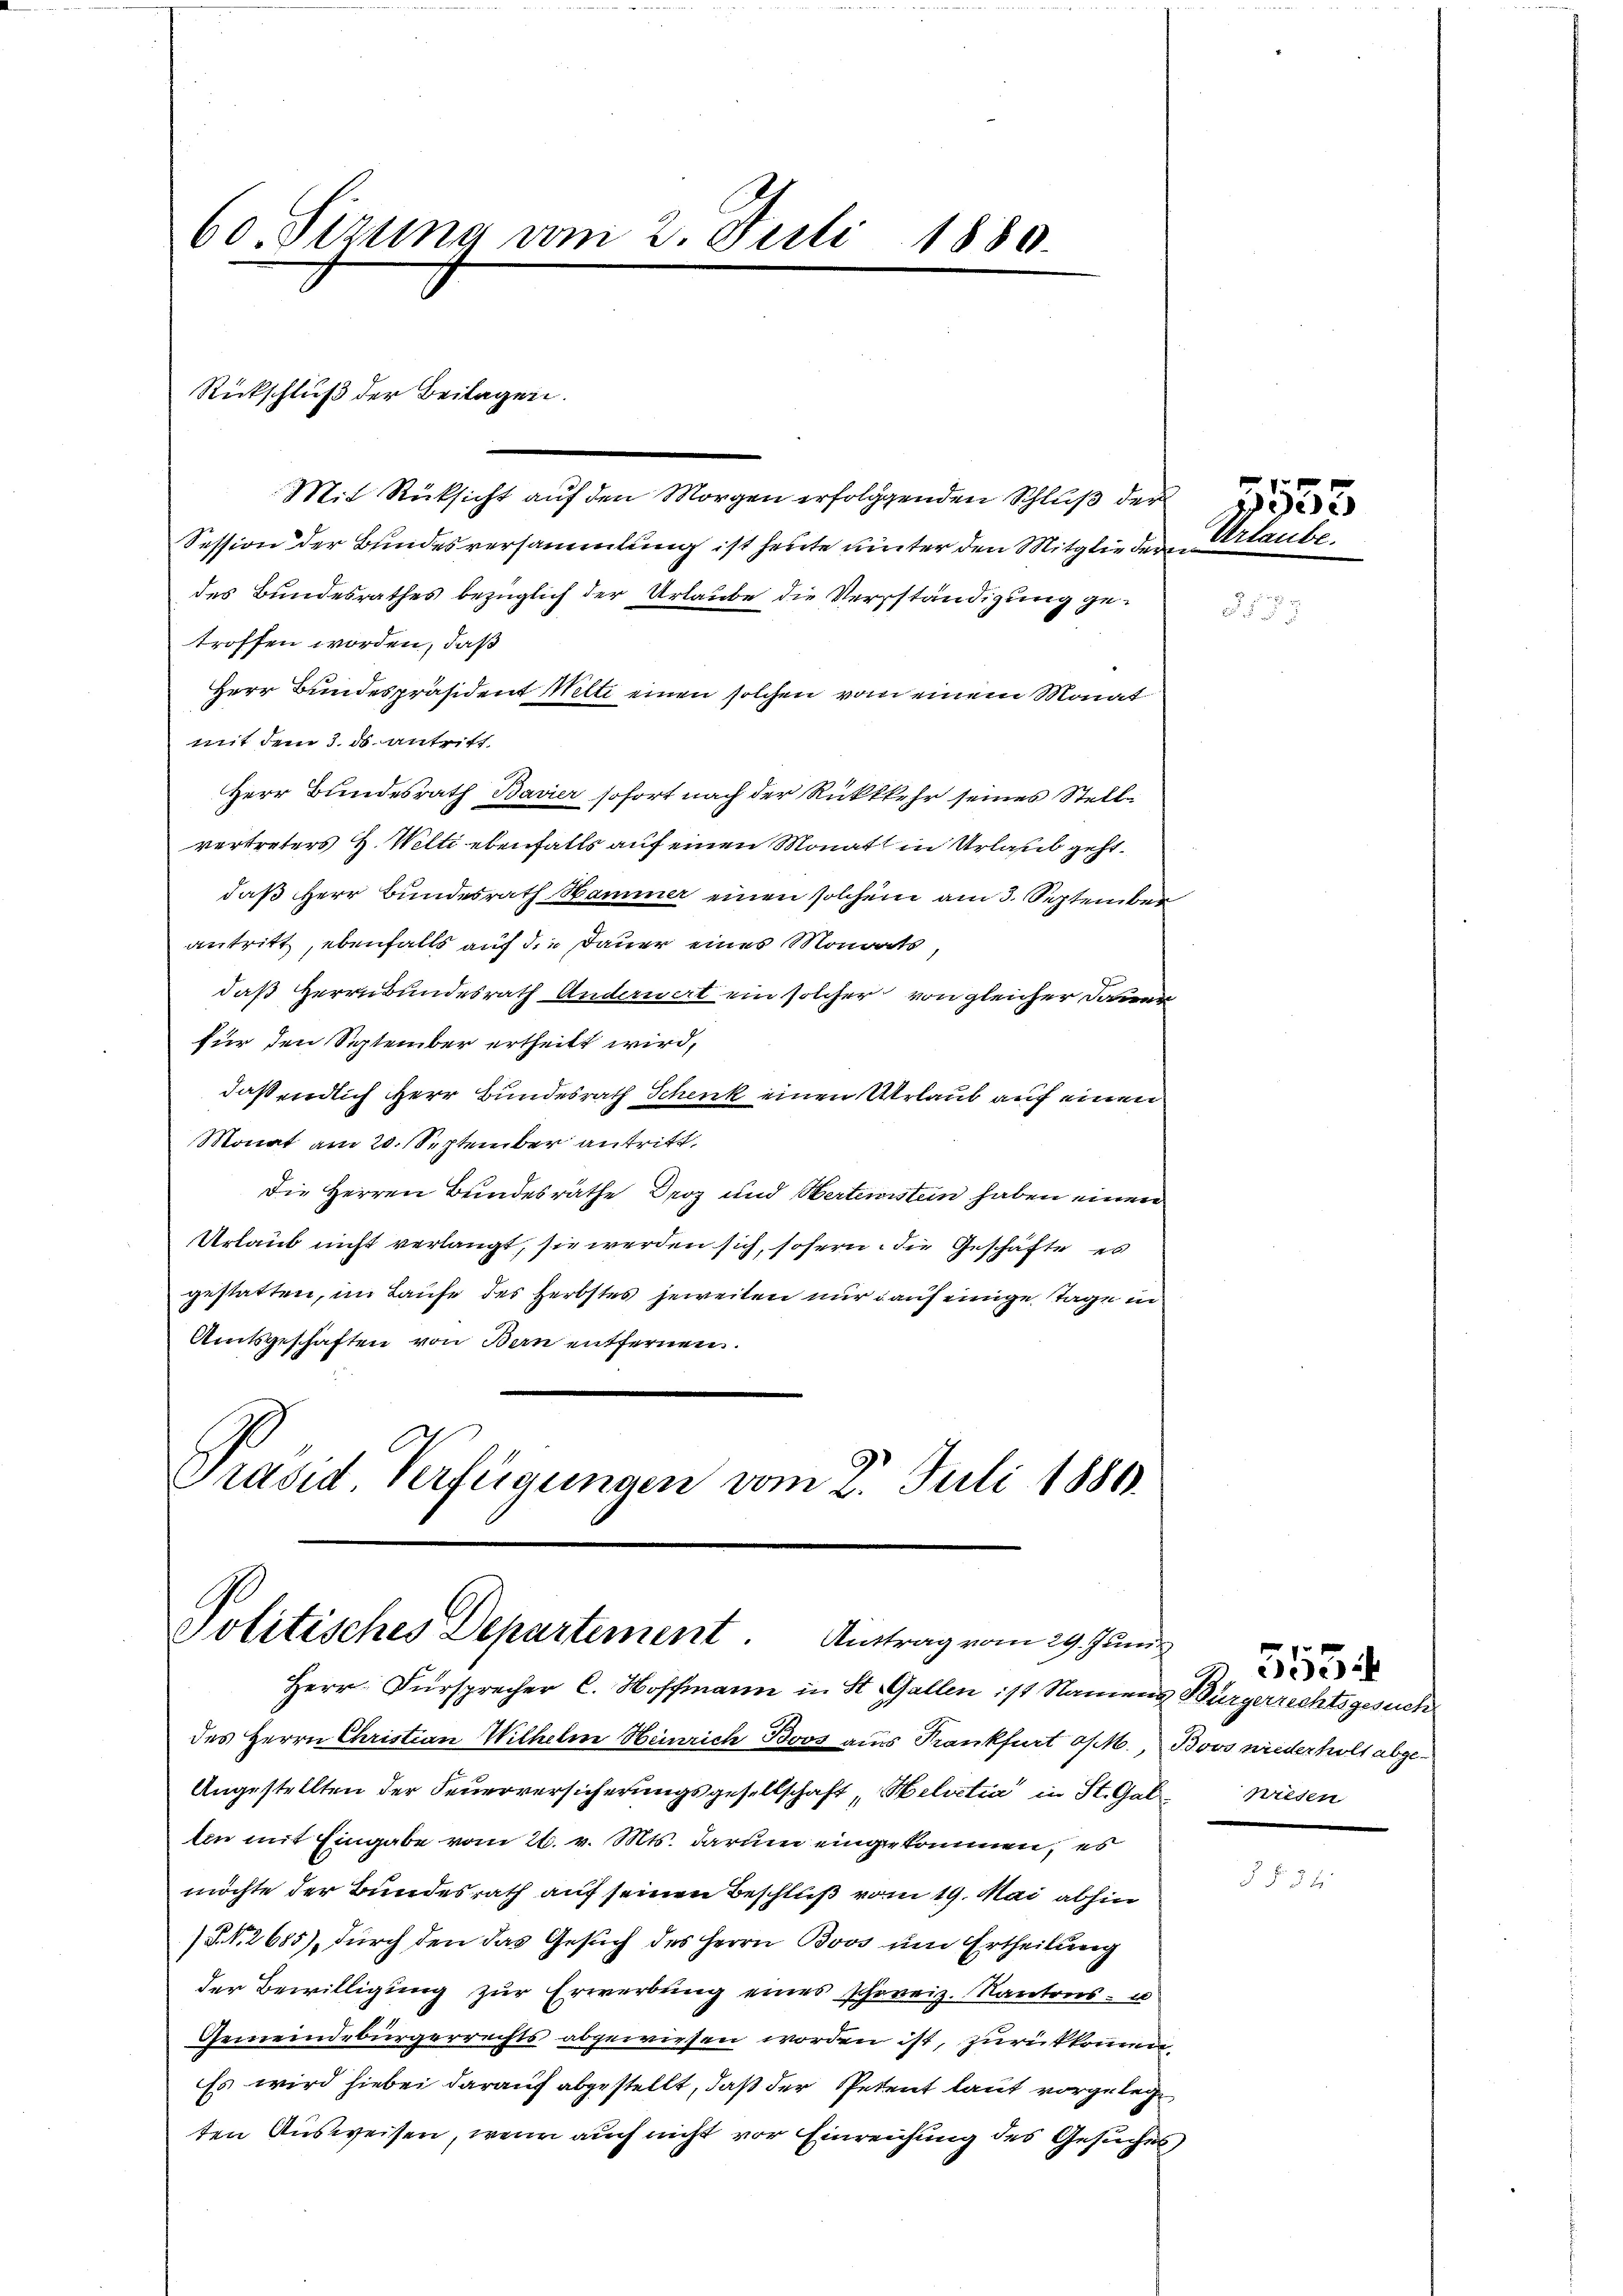
60 Sizung vom 2. Juli 1880.
e

Rickschluß der Beilagen.

Mit Rücksicht auf den Morgen erfolgenden Schluß der
Session der Bundesversammlung ist heute unter den Mitglieder Erla
des Bundesrathes bezüglich der Urlaube die Verständigung getroffen worden, daß
Herr Bundespräsident Melti einen solchen vom einem Monat
mit dem 3. ds antritt.
Herr Bundesrath Bavier sofort nach der Rükkkehr seines Stelle
vertreters H. Welti ebenfalls auf einen Monat in Urlaub geht.
daß Herr Bundesrath Hammer einen solchem am 3. September
antritt, ebenfalls auf die Dauer eines Monats,
daß Herrnbundesrath Anderwert ein solcher von gleicher Dauer
für den September ertheilt wird,
daß endlich Herr Bundesrath Schenk einen Urlaub auf einen
Monat am 20. September antritt,
Die Herren Bundesräthe Droz und Wertenstein haben einen
Urlaub nicht verlangt, sie werden sich, sofern die Geschäfte es
gestatten, im Laufe des Herbstes jeweiten nur auf einige Tage in
Amtsgeschäften von Bern entfernen.
Gravid Verfügungen vom 2. Juli 1886.

Politisches Departement. Antrag vom 29. Juni

Herr Fürsprecher C. Hoffmann in St. Gallen ist Namens Bürgerrechtsgesuch
des Herrn Christian Wilhelm Heinrich Boos aus Frankfurt a/M., Boos niederholt abge¬
Angestellten der Feuerversicherungsgesellschaft, Helvetia in St. Gabwiesen
tin mit Eingabe vom 26. v. Mts. darum eingekommen, es
möchte der Bundesrath auf seinen Beschluß vom 19. Mai abhin
§ N. 2685), durch den das Gesuch des Herrn Boos um Ertheilung
der Bewilligung zur Erwerbung eines schweiz. Kantons- u
Gemeindebürgerrechts abgewiesen worden ist, zurückkonn
Es wird hiebei darauf abgestellt, daß der Petent laut vorgelege
ten Ausweisen, wenn auch nicht vor Einreichung des Gesuches

5534